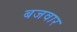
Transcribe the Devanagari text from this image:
बजवार